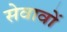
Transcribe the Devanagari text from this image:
सेवावों